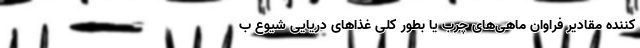
کننده مقادیر فراوان ماهی‌های چرب یا بطور کلی غذاهای دریایی شیوع ب